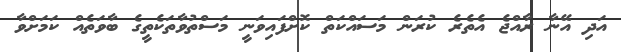
އަދި އޭނާ ރާއްޖެ އެތެރެ ކުރަން މަސައްކަތް ކޮށްފައިވަނީ މަސްތުވާތަކެތީގެ ބާވަތެއް ކަމަށްވާ